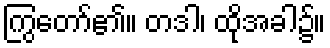
ကြွတော်၏။ တဒါ၊ ထိုအခါ၌။